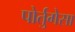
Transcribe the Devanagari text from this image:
पोर्तुगेसा